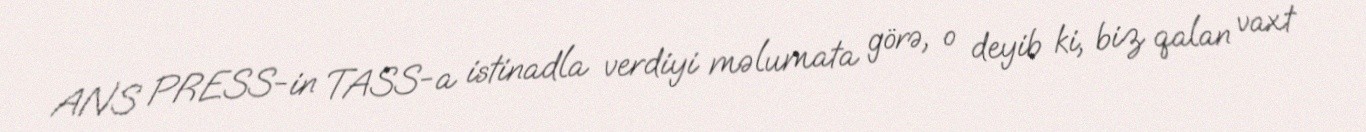
ANS PRESS-in TASS-a istinadla verdiyi məlumata görə, o deyib ki, biz qalan vaxt